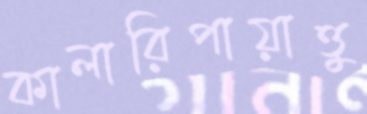
কালারিপায়াত্তু